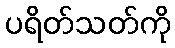
ပရိတ်သတ်ကို